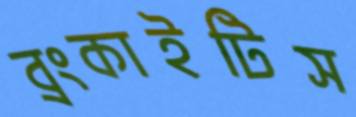
ব্রংকাইটিস